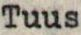
Tuus